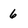
Character: 6